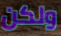
ولكن